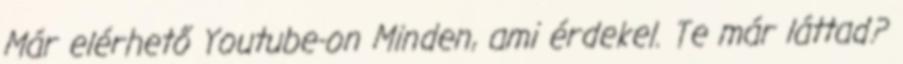
Már elérhető Youtube-on Minden, ami érdekel. Te már láttad?